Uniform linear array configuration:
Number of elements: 16
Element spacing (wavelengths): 1
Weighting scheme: hamming
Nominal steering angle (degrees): -15
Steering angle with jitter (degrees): -13.571
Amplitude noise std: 0.05
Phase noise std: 0.05

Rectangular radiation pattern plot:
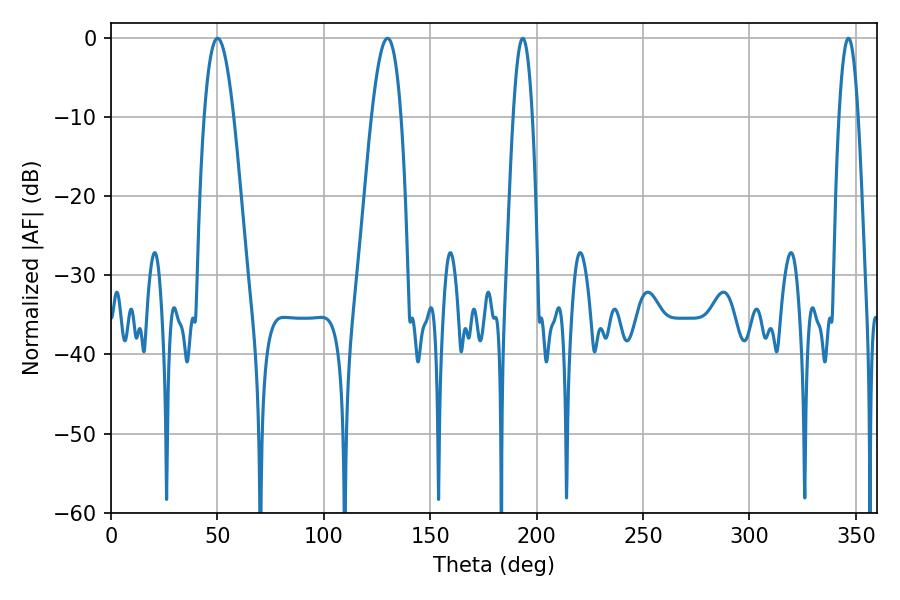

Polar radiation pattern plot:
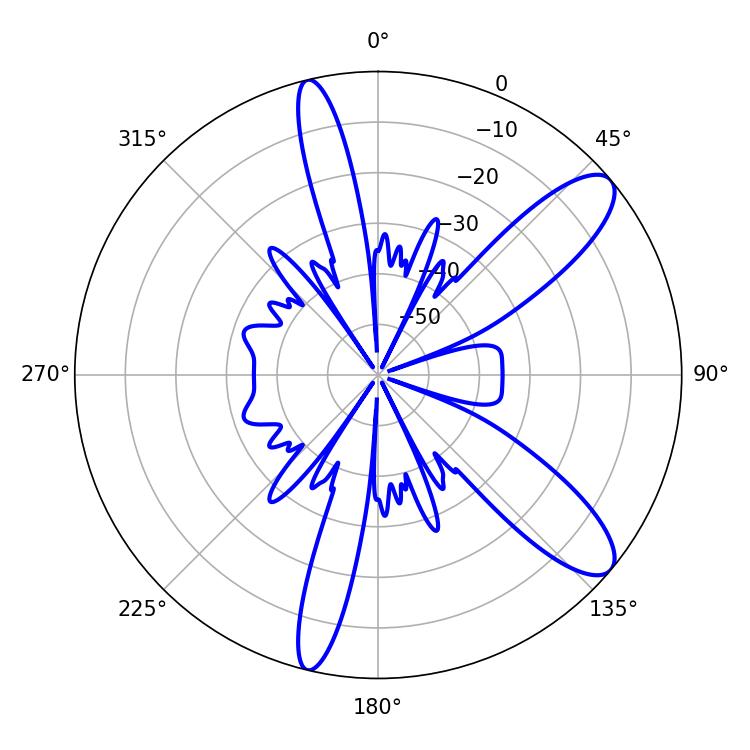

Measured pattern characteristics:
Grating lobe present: TRUE
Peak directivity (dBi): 10.538
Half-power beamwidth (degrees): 5.04
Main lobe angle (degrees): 193.5